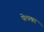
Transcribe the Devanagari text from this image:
पेत्ज्श्नर